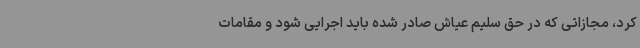
کرد، مجازاتی که در حق سلیم عیاش صادر شده باید اجرایی شود و مقامات